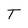
Character: T